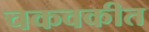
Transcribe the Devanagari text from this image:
चकवकीत